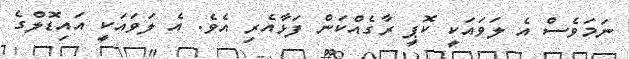
ނަމަވެސް އެ ލަވައަކީ ކޮޕީ ރާގެއްކަން ފަޅާއެރި އެވެ. އެ ލަވައަކީ އައިޑޮލްގެ